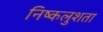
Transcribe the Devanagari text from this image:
निष्कलुशता